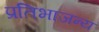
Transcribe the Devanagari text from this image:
प्रतिभाजन्य